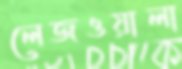
লেজওয়ালা